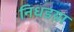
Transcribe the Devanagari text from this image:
निधडय़ा